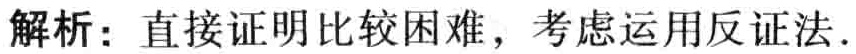
解析：直接证明比较困难，考虑运用反证法.